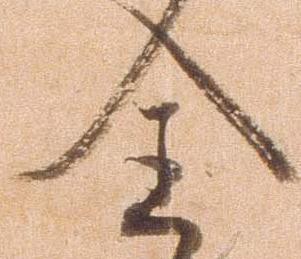
全